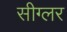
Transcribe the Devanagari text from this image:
सीग्लर